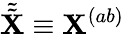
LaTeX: \tilde{\tilde{\mathbf{X}}}\equiv\mathbf{X}^{(ab)}